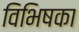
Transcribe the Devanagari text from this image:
विभिषका